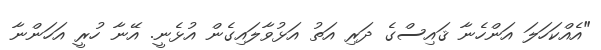
"އެއްކަހަލަ އަންހެނާ ޤައިސްގެ ދަރި އަތު އަޅުވާލައިގެން އުޅެނީ. އޭނާ ހުރީ އަހަންނާ